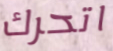
اتحرك